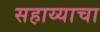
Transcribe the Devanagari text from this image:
सहाय्याचा